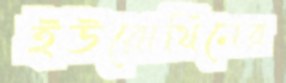
ইউরোথিনের